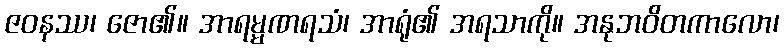
ဇဝနဿ၊ ဇော၏။ အာရမ္မဏရသံ၊ အာရုံ၏ အရသာကို။ အနုဘဝိတကာလော၊